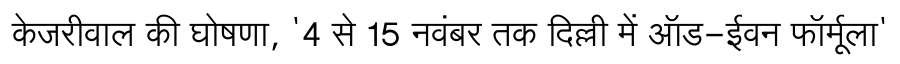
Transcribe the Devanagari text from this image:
केजरीवाल की घोषणा, '4 से 15 नवंबर तक दिल्ली में ऑड-ईवन फॉर्मूला'